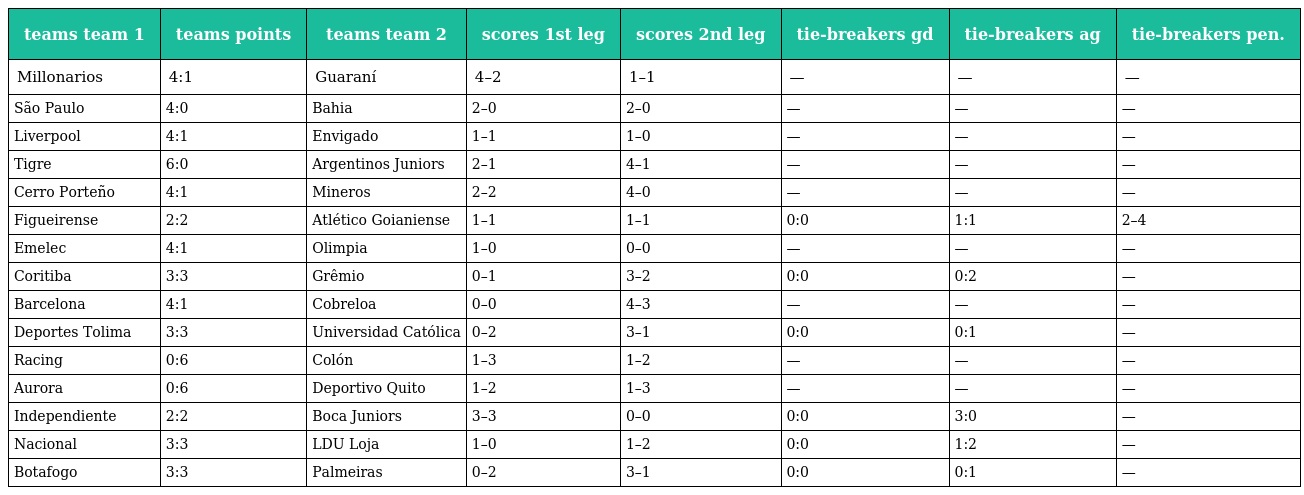
| teams team 1 | teams points | teams team 2 | scores 1st leg | scores 2nd leg | tie-breakers gd | tie-breakers ag | tie-breakers pen. |
 | --- | --- | --- | --- | --- | --- | --- | --- |
 | Millonarios | 4:1 | Guaraní | 4–2 | 1–1 | — | — | — |
 | São Paulo | 4:0 | Bahia | 2–0 | 2–0 | — | — | — |
 | Liverpool | 4:1 | Envigado | 1–1 | 1–0 | — | — | — |
 | Tigre | 6:0 | Argentinos Juniors | 2–1 | 4–1 | — | — | — |
 | Cerro Porteño | 4:1 | Mineros | 2–2 | 4–0 | — | — | — |
 | Figueirense | 2:2 | Atlético Goianiense | 1–1 | 1–1 | 0:0 | 1:1 | 2–4 |
 | Emelec | 4:1 | Olimpia | 1–0 | 0–0 | — | — | — |
 | Coritiba | 3:3 | Grêmio | 0–1 | 3–2 | 0:0 | 0:2 | — |
 | Barcelona | 4:1 | Cobreloa | 0–0 | 4–3 | — | — | — |
 | Deportes Tolima | 3:3 | Universidad Católica | 0–2 | 3–1 | 0:0 | 0:1 | — |
 | Racing | 0:6 | Colón | 1–3 | 1–2 | — | — | — |
 | Aurora | 0:6 | Deportivo Quito | 1–2 | 1–3 | — | — | — |
 | Independiente | 2:2 | Boca Juniors | 3–3 | 0–0 | 0:0 | 3:0 | — |
 | Nacional | 3:3 | LDU Loja | 1–0 | 1–2 | 0:0 | 1:2 | — |
 | Botafogo | 3:3 | Palmeiras | 0–2 | 3–1 | 0:0 | 0:1 | — |